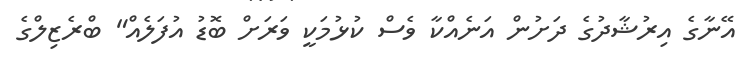
އޭނާގެ އިރުޝާދުގެ ދަށުން އަނެއްކާ ވެސް ކުޅުމަކީ ވަރަށް ބޮޑު އުފަލެއް" ބްރެޒިލްގެ